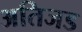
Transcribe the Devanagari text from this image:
अतिजड